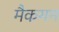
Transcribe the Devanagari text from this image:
मैकगन